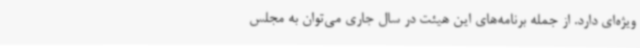
ویژه‌ای دارد. از جمله برنامه‌های این هیئت در سال جاری می‌توان به مجلس